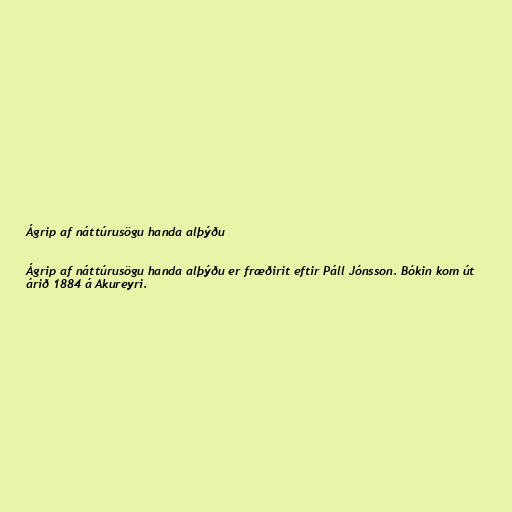
Ágrip af náttúrusögu handa alþýðu

Ágrip af náttúrusögu handa alþýðu er fræðirit eftir Páll Jónsson. Bókin kom út
árið 1884 á Akureyri.